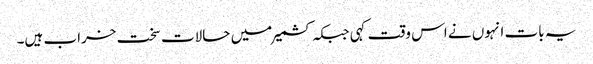
یہ بات انہوں نے اس وقت کہی جبکہ کشمیر میں حالات سخت خراب ہیں۔